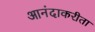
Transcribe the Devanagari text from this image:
आनंदाकरीता